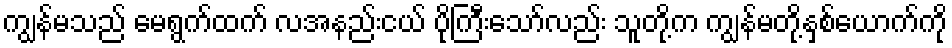
ကျွန်မသည် မေရွက်ထက် လအနည်းငယ် ပိုကြီးသော်လည်း သူတို့က ကျွန်မတို့နှစ်ယောက်ကို